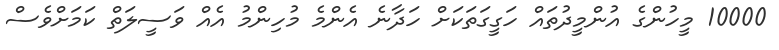
10000 މީހުންގެ އުންމީދުތައް ހަގީގަތަކަށް ހަދާނެ އެންމެ މުހިންމު އެއް ވަސީލަތް ކަމަށްވެސް